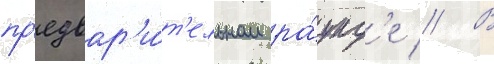
пр'едвар'и́т'ельном ра́унд'е // В